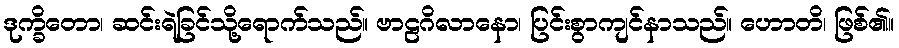
ဒုက္ခိတော၊ ဆင်းရဲခြင်သို့ရောက်သည်။ ဗာဠဂိလာနော၊ ပြင်းစွာကျင်နာသည်။ ဟောတိ၊ ဖြစ်၏။